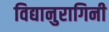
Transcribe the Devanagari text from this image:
विद्यानुरागिनी